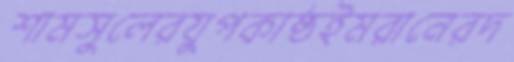
শামসুলেরযুপকাষ্ঠইমরানেরদ